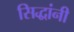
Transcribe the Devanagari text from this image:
सिद्धांनी